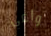
واعي